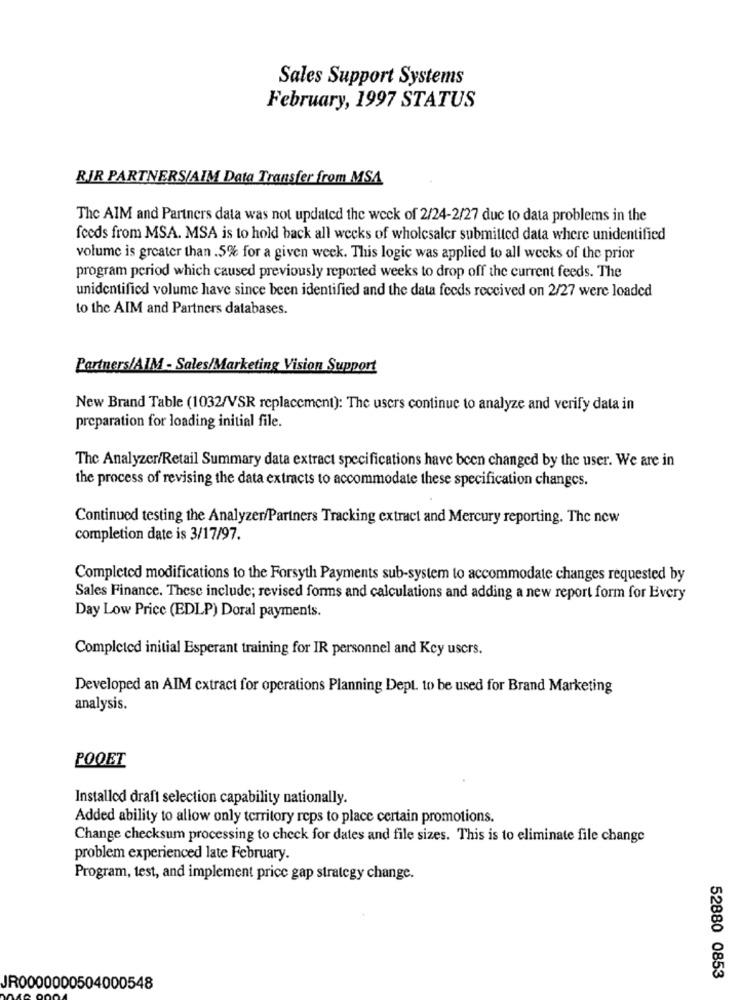
Sales Support Systems
February, 1997 STATUS
RIR PARTNERSJAIM Data Transfer from MSA
The AIM and Partners data was not updated the week of 2/24-2/27 due to data problems in the
feeds from MSA. MSA is to hold back all weeks of wholesaler submitted data where unidentified
volume is greater than .5% for a given week. This logic was applied to all weeks of the prior
program period which caused previously reported weeks to drop off the current feeds. The
unidentified volume have since been identified and the data feeds received on 2/27 were loaded
to the AIM and Partners databases.
Partners/AIM - Sales/Marketing Vision Support
New Brand Table (1032/VSR replacement): The users continue to analyze and verify data in
preparation for loading initial file.
The Analyzer/Retail Summary data extract specifications have been changed by the user. We are in
the process of revising the data extracts to accommodate these specification changes.
Continued testing the Analyzer/Partners Tracking extract and Mercury reporting. The new
completion date is 3/17/97.
Completed modifications to the Forsyth Payments sub-system to accommodate changes requested by
Sales Finance. These include; revised forms and calculations and adding a new report form for Every
Day Low Price (EDLP) Doral payments.
Completed initial Esperant training for IR personnel and Key users.
Developed an AIM cxtract for operations Planning Dept. to be used for Brand Marketing
analysis.
POOET
Installod draft selection capability nationally.
Added ability to allow only territory reps to place certain promotions.
Change checksum processing to check for dates and file sizes. This is to eliminate file change
problem experienced late February.
Program, test, and implement price gap strategy change.
52880 0853
JR0000000504000548